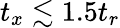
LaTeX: t_{x}\lesssim 1.5t_{r}